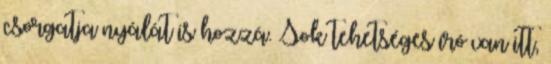
csorgatja nyálát is hozzá. Sok tehetséges író van itt,